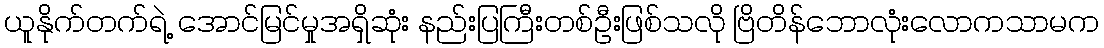
ယူနိုက်တက်ရဲ့ အောင်မြင်မှုအရှိဆုံး နည်းပြကြီးတစ်ဦးဖြစ်သလို ဗြိတိန်ဘောလုံးလောကသာမက